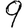
Digit: 9